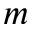
m